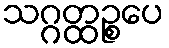
သဂ္ဂတ္ထဉ္စပေ